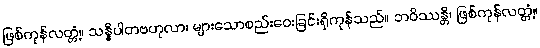
ဖြစ်ကုန်လတ္တံ့။ သန္နိပါတဗဟုလာ၊ များသောစည်းဝေးခြင်းရှိကုန်သည်။ ဘဝိဿန္တိ၊ ဖြစ်ကုန်လတ္တံ့။